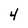
Character: 4